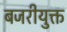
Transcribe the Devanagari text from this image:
बजरीयुक्त